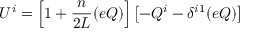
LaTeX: U ^ { i } = \left[ 1 + \frac { n } { 2 L } ( e Q ) \right] \left[ - Q ^ { i } - \delta ^ { i 1 } ( e Q ) \right]